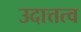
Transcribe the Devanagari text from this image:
उदात्तत्व